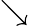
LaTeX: \searrow